Civil Veterinary Dept. North-West Frontier Province 1901-22 - 1901-1922
Year: 1901
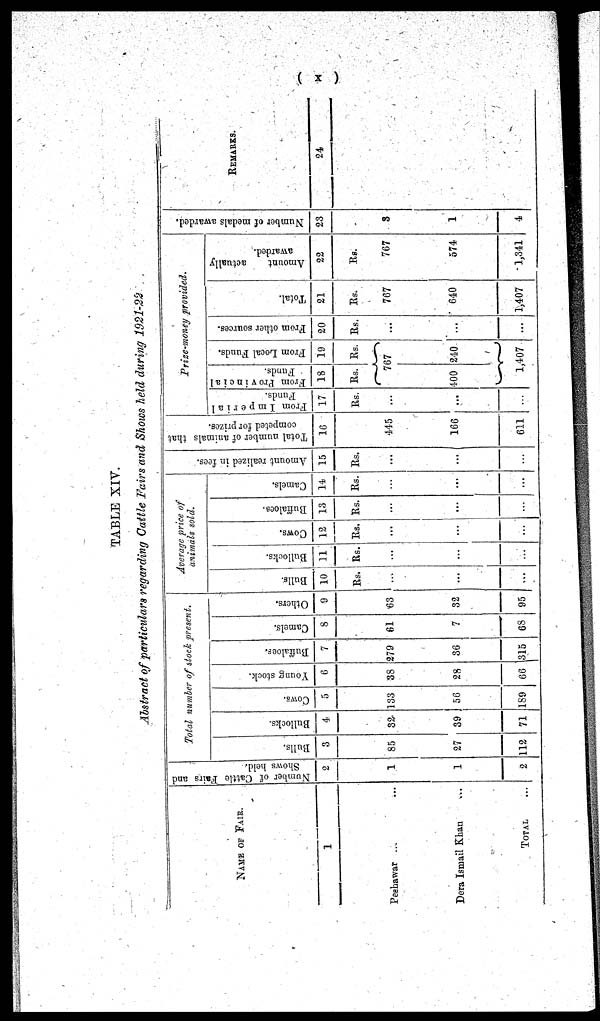
(x)
TABLE XIV.
Abstract of particulars regarding Cattle Fairs and Shows held during 1921-22
NAME OF
FAIR
1
Peshawar ... ...
Dera Ismail Khan ...
TOTAL ...
Number of Cattle Fairs and
Shows held.
2
1
1
2
Total number of stock present.
Bulls.
3
85
27
112
Bullocks.
4
32
39
71
Cows.
5
133
56
189
Young stock.
6
38
28
66
Buffaloes.
7
279
36
315
Camels.
8
61
7
68
Others.
9
63
32
95
Average price of
animals sold.
Bulls.
10
Rs.
...
...
...
Bullocks.
11
Rs.
...
...
...
Cows.
12
Rs.
...
...
...
Buffaloes.
13
Rs.
...
...
...
Camels.
14
Rs.
...
...
...
Amount realized in fees.
15
Rs.
...
...
...
Total number of animals that
competed for prizes.
16
445
166
611
Prize-money provided.
From Imperial
Funds.
17
Rs.
...
...
...
From Provineial
Funds.
18
Rs.
From Local Funds.
19
Rs.
767
400 210
1,407
From other sources.
20
Rs.
...
...
...
Total.
21
Rs.
767
640
1,407
Amount
actually
awarded.
22
Rs.
767
574
1,341
Number of medals awarded.
23
3
1
4
REMARKS.
24